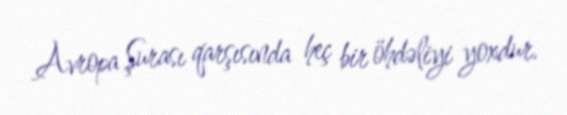
Avropa Şurası qarşısında heç bir öhdəliyi yoxdur.